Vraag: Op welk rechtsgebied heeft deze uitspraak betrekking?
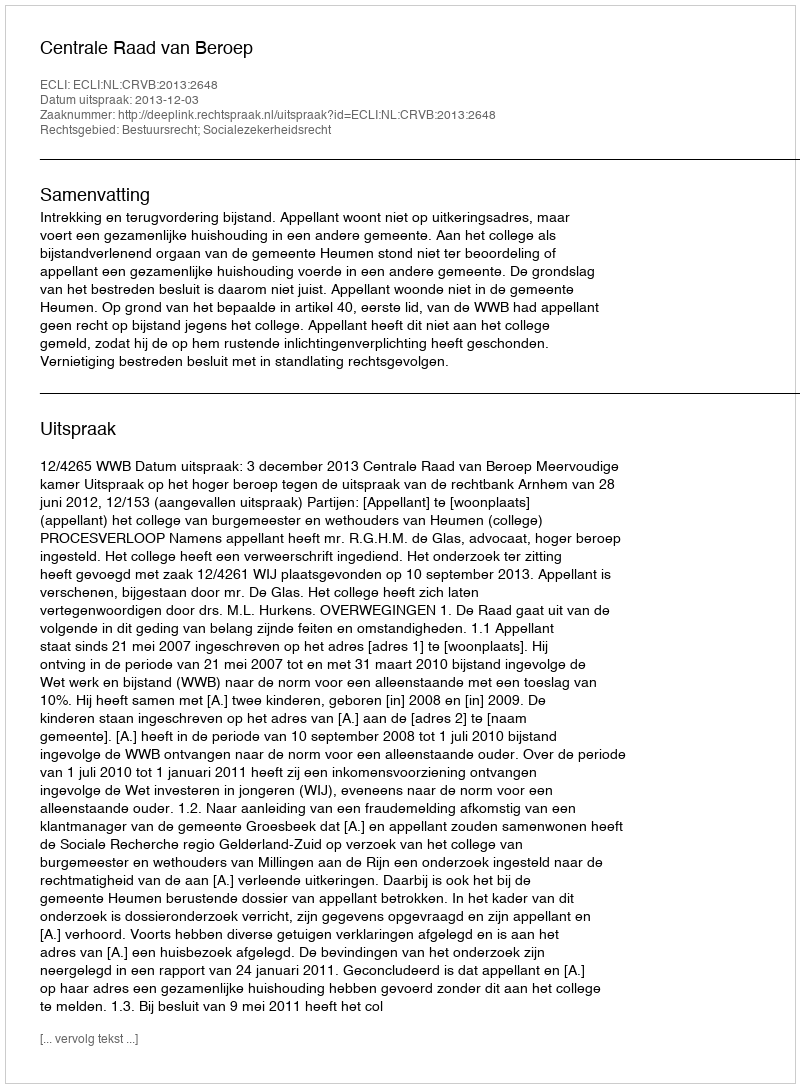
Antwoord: Bestuursrecht; Socialezekerheidsrecht